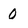
Character: 0